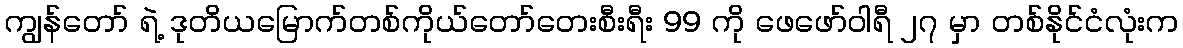
ကျွန်တော် ရဲ့ ဒုတိယမြောက်တစ်ကိုယ်တော်တေးစီးရီး 99 ကို ဖေဖော်ဝါရီ ၂၇ မှာ တစ်နိုင်ငံလုံးက